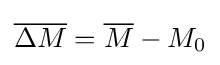
{\overline {\Delta M}}={\overline {M}}-M_{0}